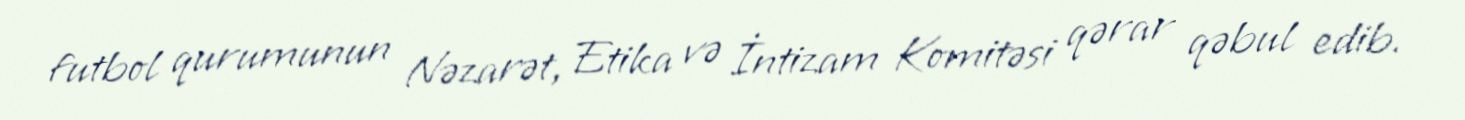
futbol qurumunun Nəzarət, Etika və İntizam Komitəsi qərar qəbul edib.